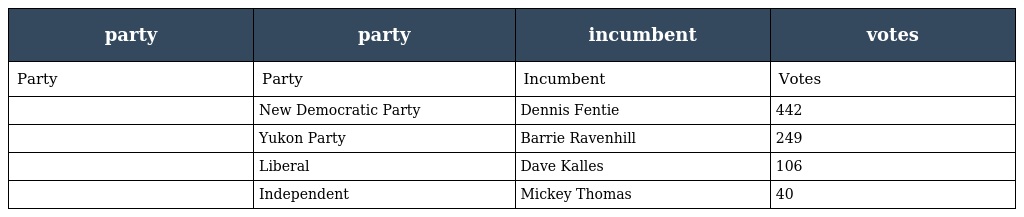
| party | party | incumbent | votes |
 | --- | --- | --- | --- |
 | Party | Party | Incumbent | Votes |
 |  | New Democratic Party | Dennis Fentie | 442 |
 |  | Yukon Party | Barrie Ravenhill | 249 |
 |  | Liberal | Dave Kalles | 106 |
 |  | Independent | Mickey Thomas | 40 |